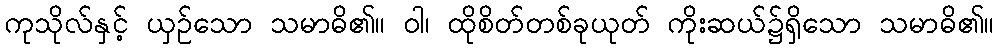
ကုသိုလ်နှင့် ယှဉ်သော သမာဓိ၏။ ဝါ၊ ထိုစိတ်တစ်ခုယုတ် ကိုးဆယ်၌ရှိသော သမာဓိ၏။